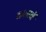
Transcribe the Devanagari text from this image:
कहावें